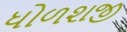
ધોળશજી